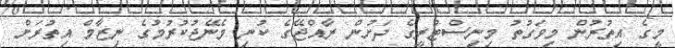
މީގެ އިތުރުން މިވަގުތު މިނިސްޓްރީގެ ދަށުން ރާއްޖޭގެ ކުނި މެނޭޖުކުރުމުގެ ނިޒާމް އިތުރަށް